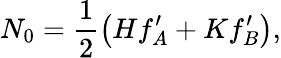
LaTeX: N_{0}=\frac 12\left(Hf_{A}^{\prime}+Kf_{B}^{\prime}\right),